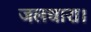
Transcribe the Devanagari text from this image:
जलधारा।